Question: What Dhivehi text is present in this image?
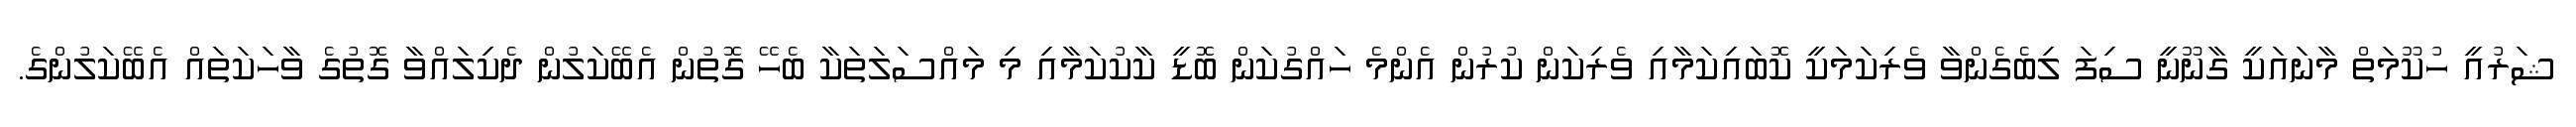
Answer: ޝަރުއީ ހުކޫމަތް މާނައަކީ ގާނޫނީ ސިފަ ލިބެގެންވާ ވެރިކަމަކީ ކޮބައިކަމާއި ވެރިކަން ކުރުން އެންމެ ހައްގުކަން ބޮޑީ ކާކުކަމާއި މި މައްސަލަތަކާ ބެހޭ ގޮތުން އެބޭކަލުން ދެކިލައްވާ ގޮތުގެ ވާހަކަތައް އެބޭކަލުންގެ.